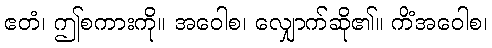
ဧတံ၊ ဤစကားကို။ အဝေါစ၊ လျှောက်ဆို၏။ ကိံအဝေါစ၊